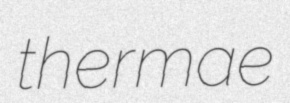
thermae